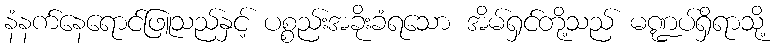
နံနက်နေရောင်ဖြူသည်နှင့် ပစ္စည်းအခိုးခံရသော အိမ်ရှင်တို့သည် မဏ္ဍပ်ရှိရာသို့